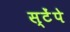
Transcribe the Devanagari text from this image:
स्टेंपे